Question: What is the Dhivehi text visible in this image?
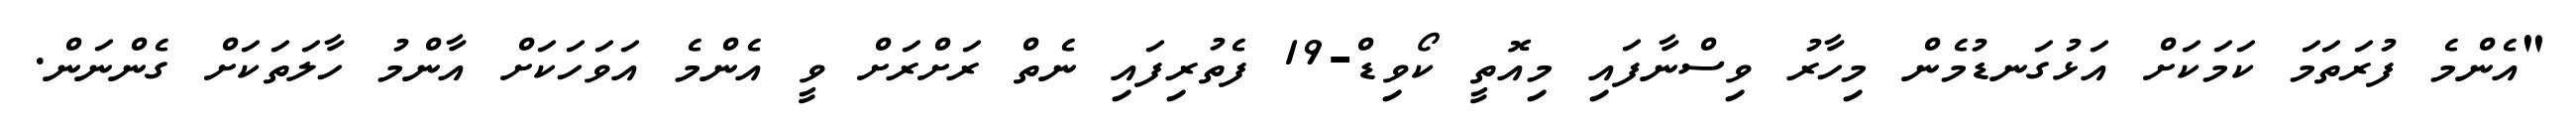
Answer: "އެންމެ ފުރަތަމަ ކަމަކަށް އަޅުގަނޑުމެން މިހާރު ވިސްނާފައި މިއޮތީ ކޯވިޑް-19 ފެތުރިފައި ނެތް ރަށްރަށް ވީ އެންމެ އަވަހަކަށް އާންމު ހާލަތަކަށް ގެންނަން.